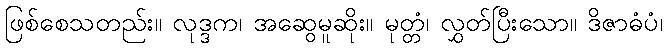
ဖြစ်စေသတည်း။ လုဒ္ဒက၊ အဆွေမူဆိုး။ မုတ္တံ၊ လွှတ်ပြီးသော။ ဒိဇာဓံပံ၊